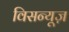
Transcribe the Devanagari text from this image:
विसन्यूज़